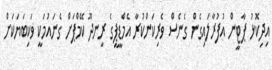
އިދިކޮޅު ޕާޓީން އުފުރާލައިގެން ގެނެސް ވެރިކަންކުރާ އެމްޑީޕީގެ ރީނދޫ ކޭމްޕަށް ގެނައުމަކީ ވަކިބަޔަކަށް